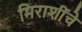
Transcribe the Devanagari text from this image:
मिराशींचे